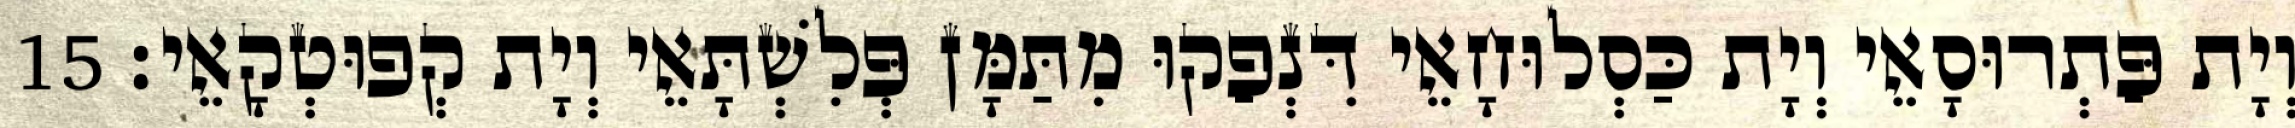
וְיָת פַּתְרוּסָאֵי וְיָת כַּסְלוּחָאֵי דִּנְפַקוּ מִתַּמָּן פְּלִשְׁתָּאֵי וְיָת קְפוּטְקָאֵי׃ 15